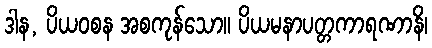
ဒါန, ပိယဝစန အစကုန်သော။ ပိယမနာပတ္တကာရဏာနိ၊